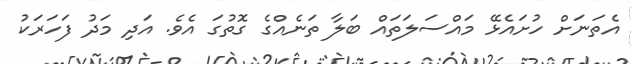
އެތަނަށް ހުށައެޅޭ މައްސަލަތައް ބަލާ ތަނެއްގެ ގޮތުގަ އެވެ. އަދި މަދު ފަހަރަކު